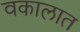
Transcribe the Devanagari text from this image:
वकालात